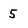
Character: 5